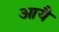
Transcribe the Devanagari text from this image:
आयै